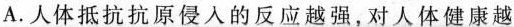
A.人体抵抗抗原侵入的反应越强，对人体健康越